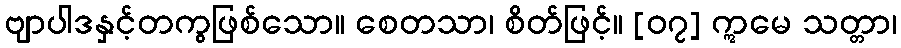
ဗျာပါဒနှင့်တကွဖြစ်သော။ စေတသာ၊ စိတ်ဖြင့်။ [၀၇] ဣမေ သတ္တာ၊